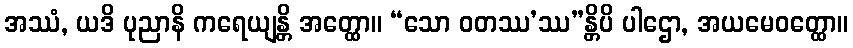
အဿံ, ယဒိ ပုညာနိ ကရေယျန္တိ အတ္ထော။ “သော ဝတဿ’ဿ”န္တိပိ ပါဌော, အယမေဝတ္ထော။